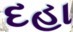
દહા